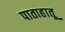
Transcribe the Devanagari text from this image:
पाताहातू